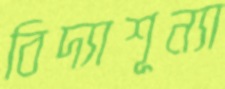
বিদ্যাশূন্যা